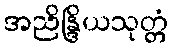
အညိန္ဒြိယသုတ္တံ